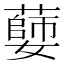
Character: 𦾦